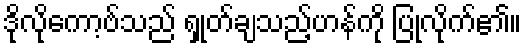
ဒိုလိုကော့ဗ်သည် ရှုတ်ချသည့်ဟန်ကို ပြုလိုက်၏။